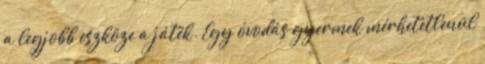
a legjobb eszköze a játék. Egy óvodás gyermek mérhetetlenül